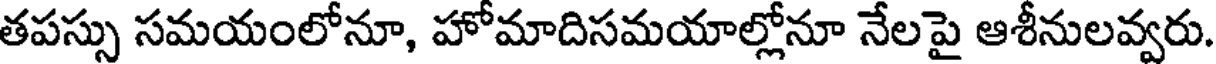
తపస్సు సమయంలోనూ, హోమాదిసమయాల్లోనూ నేలపై ఆశీనులవ్వరు.